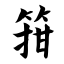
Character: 箝